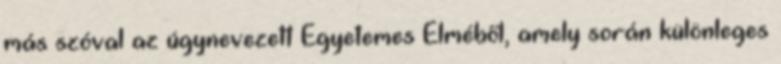
más szóval az úgynevezett Egyetemes Elméből, amely során különleges